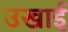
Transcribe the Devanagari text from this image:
उखाई